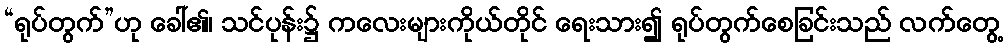
“ရုပ်တွက်”ဟု ခေါ်၏၊ သင်ပုန်း၌ ကလေးများကိုယ်တိုင် ရေးသား၍ ရုပ်တွက်စေခြင်းသည် လက်တွေ့